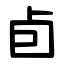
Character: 卣